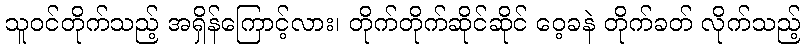
သူဝင်တိုက်သည့် အရှိန်ကြောင့်လား၊ တိုက်တိုက်ဆိုင်ဆိုင် ဝေ့ခနဲ တိုက်ခတ် လိုက်သည့်